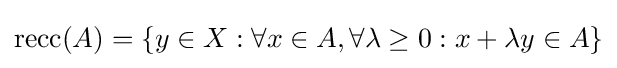
\operatorname {recc} (A)=\{y\in X:\forall x\in A,\forall \lambda \geq 0:x+\lambda y\in A\}